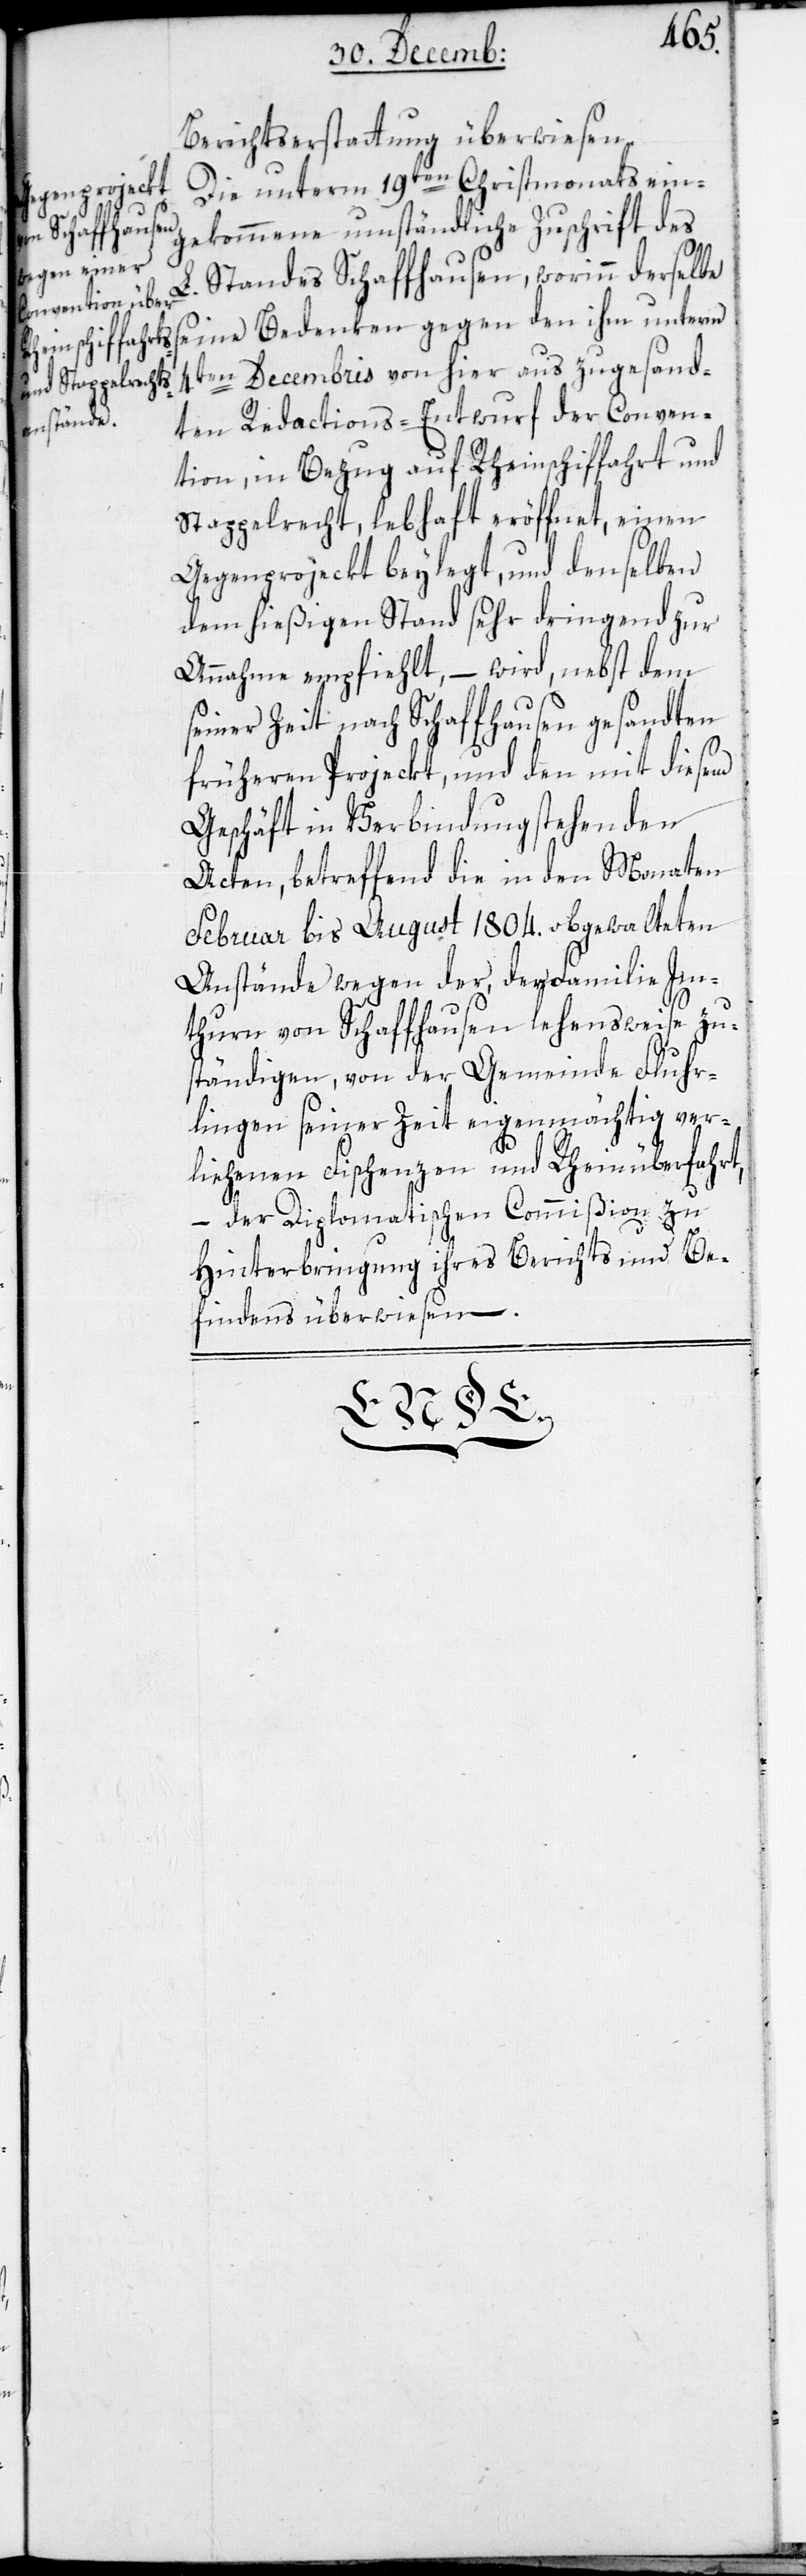
Berichtserstattung überwiesen.
Die unterm 19ten Christmonats ein¬
gegen den ihn
gekommene umständliche Zuschrift des
Standes Schaffhausen, worinn derselbe
4ten Decembris von hier aus zugesand¬
ten Redactions-Entwurf der Conven¬
tion, in Bezug auf Rheinschiffahrt und
Stappelrecht, lebhaft eröffnet, einen
Gegenprojeckt beylegt, und denselben
dem hießigen Stand sehr dringend zur
Annahme empfiehlt, – wird nebst dem
seiner Zeit nach Schaffhausen gesandten
früheren Projeckt, und den mit diesem
Geschäft in Verbindung stehenden
Acten, betreffend die in den Monaten
Februar bis August 1804. obgewalteten
Anstände wegen der, der Familie Im¬
thurm von Schaffhausen lehensweise zu¬
ständigen, von der Gemeinde Flur¬
lingen seiner Zeit eigenmächtig ver¬
liehenen Fischenzen mit Rheinüberfahrt,
– der diplomatischen Commißion zu
Hinterbringung ihres Berichts und Be¬
findens überwiesen.